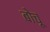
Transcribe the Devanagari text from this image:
बोचू